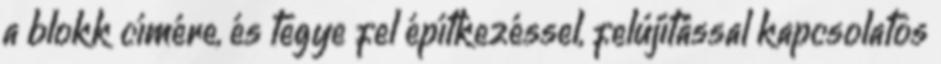
a blokk címére, és tegye fel építkezéssel, felújítással kapcsolatos